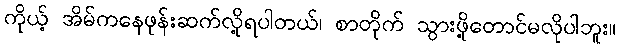
ကိုယ့် အိမ်ကနေဖုန်းဆက်လို့ရပါတယ်၊ စာတိုက် သွားဖို့တောင်မလိုပါဘူး။